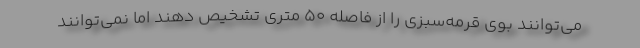
می‌توانند بوی قرمه‌سبزی را از فاصله ۵۰ متری تشخیص دهند اما نمی‌توانند